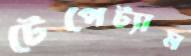
টেপেট্যাম